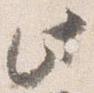
此